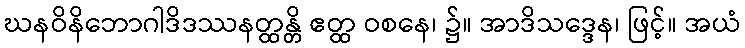
ဃနဝိနိဘောဂါဒိဒဿနတ္ထန္တိ ဧတ္ထ ဝစနေ၊ ၌။ အာဒိသဒ္ဒေန၊ ဖြင့်။ အယံ